Scientific memoirs by medical officers of the Army of India - Part II,
Year: 1886
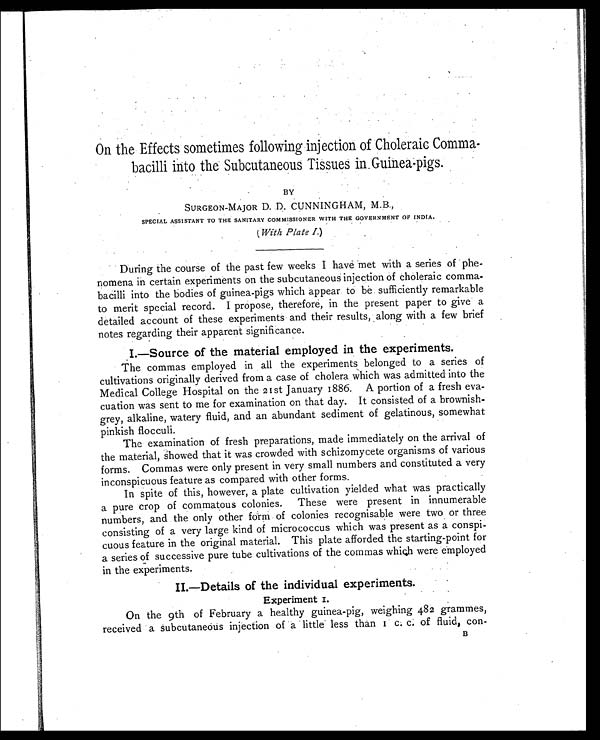
On the Effects sometimes following injection of Choleraic Comma-
bacilli into the Subcutaneous Tissues in Guinea-pigs.
BY
SURGEON-MAJOR D. D. CUNNINGHAM, M.B.,
SPECIAL ASSISTANT TO THE SANITARY COMMISSIONER WITH THE GOVERNMENT OF INDIA.
(With Plate I.)
During the course of the past few weeks I have met with a series of phe-
nomena in certain experiments on the subcutaneous injection of choleraic comma-
bacilli into the bodies of guinea-pigs which appear to be sufficiently remarkable
to merit special record. I propose, therefore, in the present paper to give a
detailed account of these experiments and their results, along with a few brief
notes regarding their apparent significance.
I.—Source of the material employed in the experiments.
The commas employed in all the experiments belonged to a series of
cultivations originally derived from a case of cholera which was admitted into the
Medical College Hospital on the 21st January 1886. A portion of a fresh eva-
cuation was sent to me for examination on that day. It consisted of a brownish-
grey, alkaline, watery fluid, and an abundant sediment of gelatinous, somewhat
pinkish flocculi.
The examination of fresh preparations, made immediately on the arrival of
the material, showed that it was crowded with schizomycete organisms of various
forms. Commas were only present in very small numbers and constituted a very
inconspicuous feature as compared with other forms.
In spite of this, however, a plate cultivation yielded what was practically
a pure crop of commatous colonies. These were present in innumerable
numbers, and the only other form of colonies recognisable were two or three
consisting of a very large kind of micrococcus which was present as a conspi-
cuous feature in the original material. This plate afforded the starting-point for
a series of successive pure tube cultivations of the commas which were employed
in the experiments.
II.—Details of the individual experiments.
Experiment 1.
On the 9th of February a healthy guinea-pig, weighing 482 grammes,
received a subcutaneous injection of a little less than 1 c. c. of fluid, con-